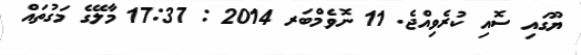
ޔޫގައި ސޮއި ކުރެވިއްޖެ. 11 ނޮވެމްބަރ 2014 : 17:37 މާލޭގެ މަގުތައް